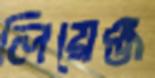
লিয়েঞ্জ